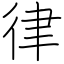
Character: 律